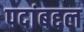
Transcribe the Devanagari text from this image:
पदांबद्दल